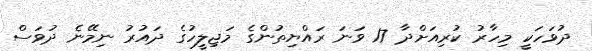
ދުވަހަކީ މިހާރު ކުރިއަށްދާ 17 ވަނަ ރައްޔިތުންގެ މަޖިލީހުގެ ދައުރު ނިމޭނެ ދުވަސް